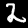
Label: 2